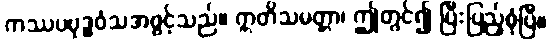
ကဿပဗုဒ္ဓဝံသအဖွင့်သည်။ ဣတိသမတ္တာ၊ ဤတွင်၍ ပြီးပြည့်စုံပြီ။